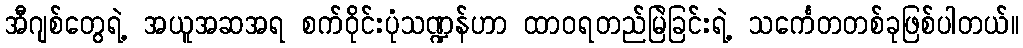
အီဂျစ်တွေရဲ့ အယူအဆအရ စက်ဝိုင်းပုံသဏ္ဍန်ဟာ ထာဝရတည်မြဲခြင်းရဲ့ သင်္ကေတတစ်ခုဖြစ်ပါတယ်။